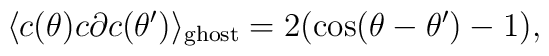
\langle c(\theta)c\partial c(\theta')\rangle_{\mathrm{ghost}}=2(\cos (\theta-\theta')-1),